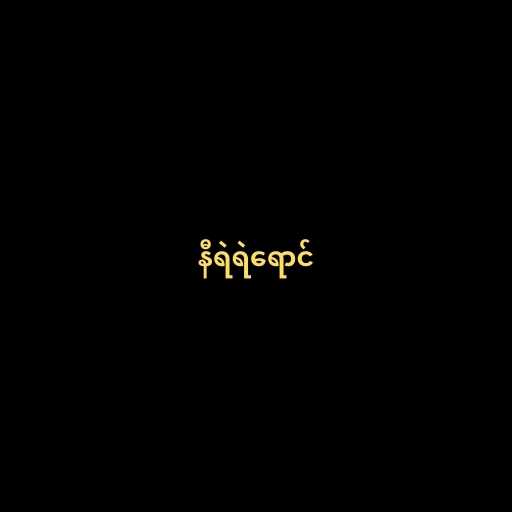
နီရဲရဲရောင်